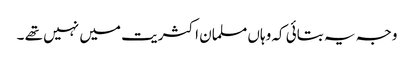
وجہ یہ بتائی کہ وہاں مسلمان اکثریت میں نہیں تھے ۔